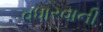
વધારવાની